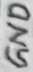
Text: GND